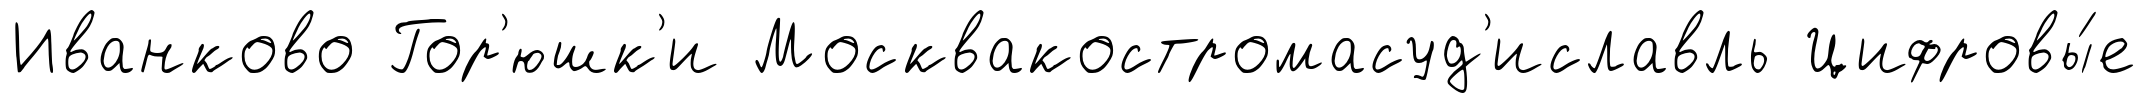
Иванково Гор'юшк'и Москвакостромасуд'иславль Цифровы́е